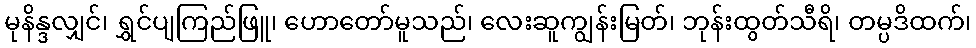
မုနိန္ဒလျှင်၊ ရွှင်ပျကြည်ဖြူ၊ ဟောတော်မူသည်၊ လေးဆူကျွန်းမြတ်၊ ဘုန်းထွတ်သီရိ၊ တမ္ပဒိထက်၊